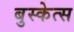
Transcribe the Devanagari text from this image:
बुस्केत्स